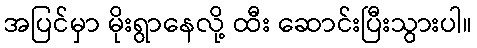
အပြင်မှာ မိုးရွာနေလို့ ထီး ဆောင်းပြီးသွားပါ။